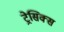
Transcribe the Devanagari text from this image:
ट्रेसिक्स